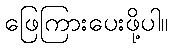
ဖြေကြားပေးဖို့ပါ။